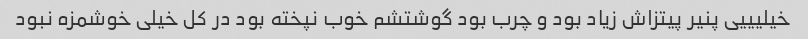
خیلیییی پنیر پیتزاش زیاد بود و چرب بود گوشتشم خوب نپخته بود در کل خیلی خوشمزه نبود